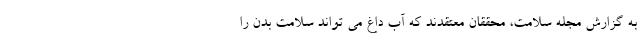
به گزارش مجله سلامت، محققان معتقدند که آب داغ می تواند سلامت بدن را